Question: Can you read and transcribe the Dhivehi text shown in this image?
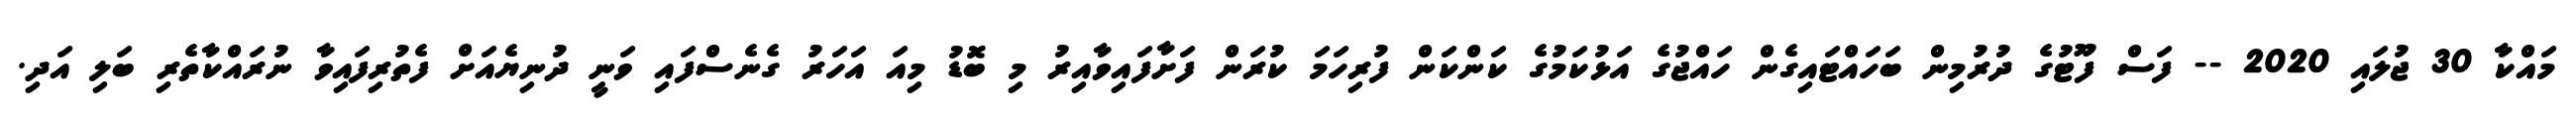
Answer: މައްކާ 30 ޖުލައި 2020 -- ފަސް ފޫޓުގެ ދުރުމިން ބަހައްޓައިގެން ހައްޖުގެ އަޅުކަމުގެ ކަންކަން ފުރިހަމަ ކުރަން ފަށާފައިވާއިރު މި ބޮޑު މިއަ އަހަރު ގެނެސްފައި ވަނީ ދުނިޔެއަށް ފެތުރިފައިވާ ނުރައްކާތެރި ބަލި އަދި.